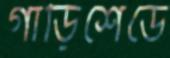
গাড়িশেডে